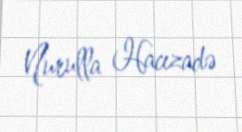
Nurulla Hacızadə